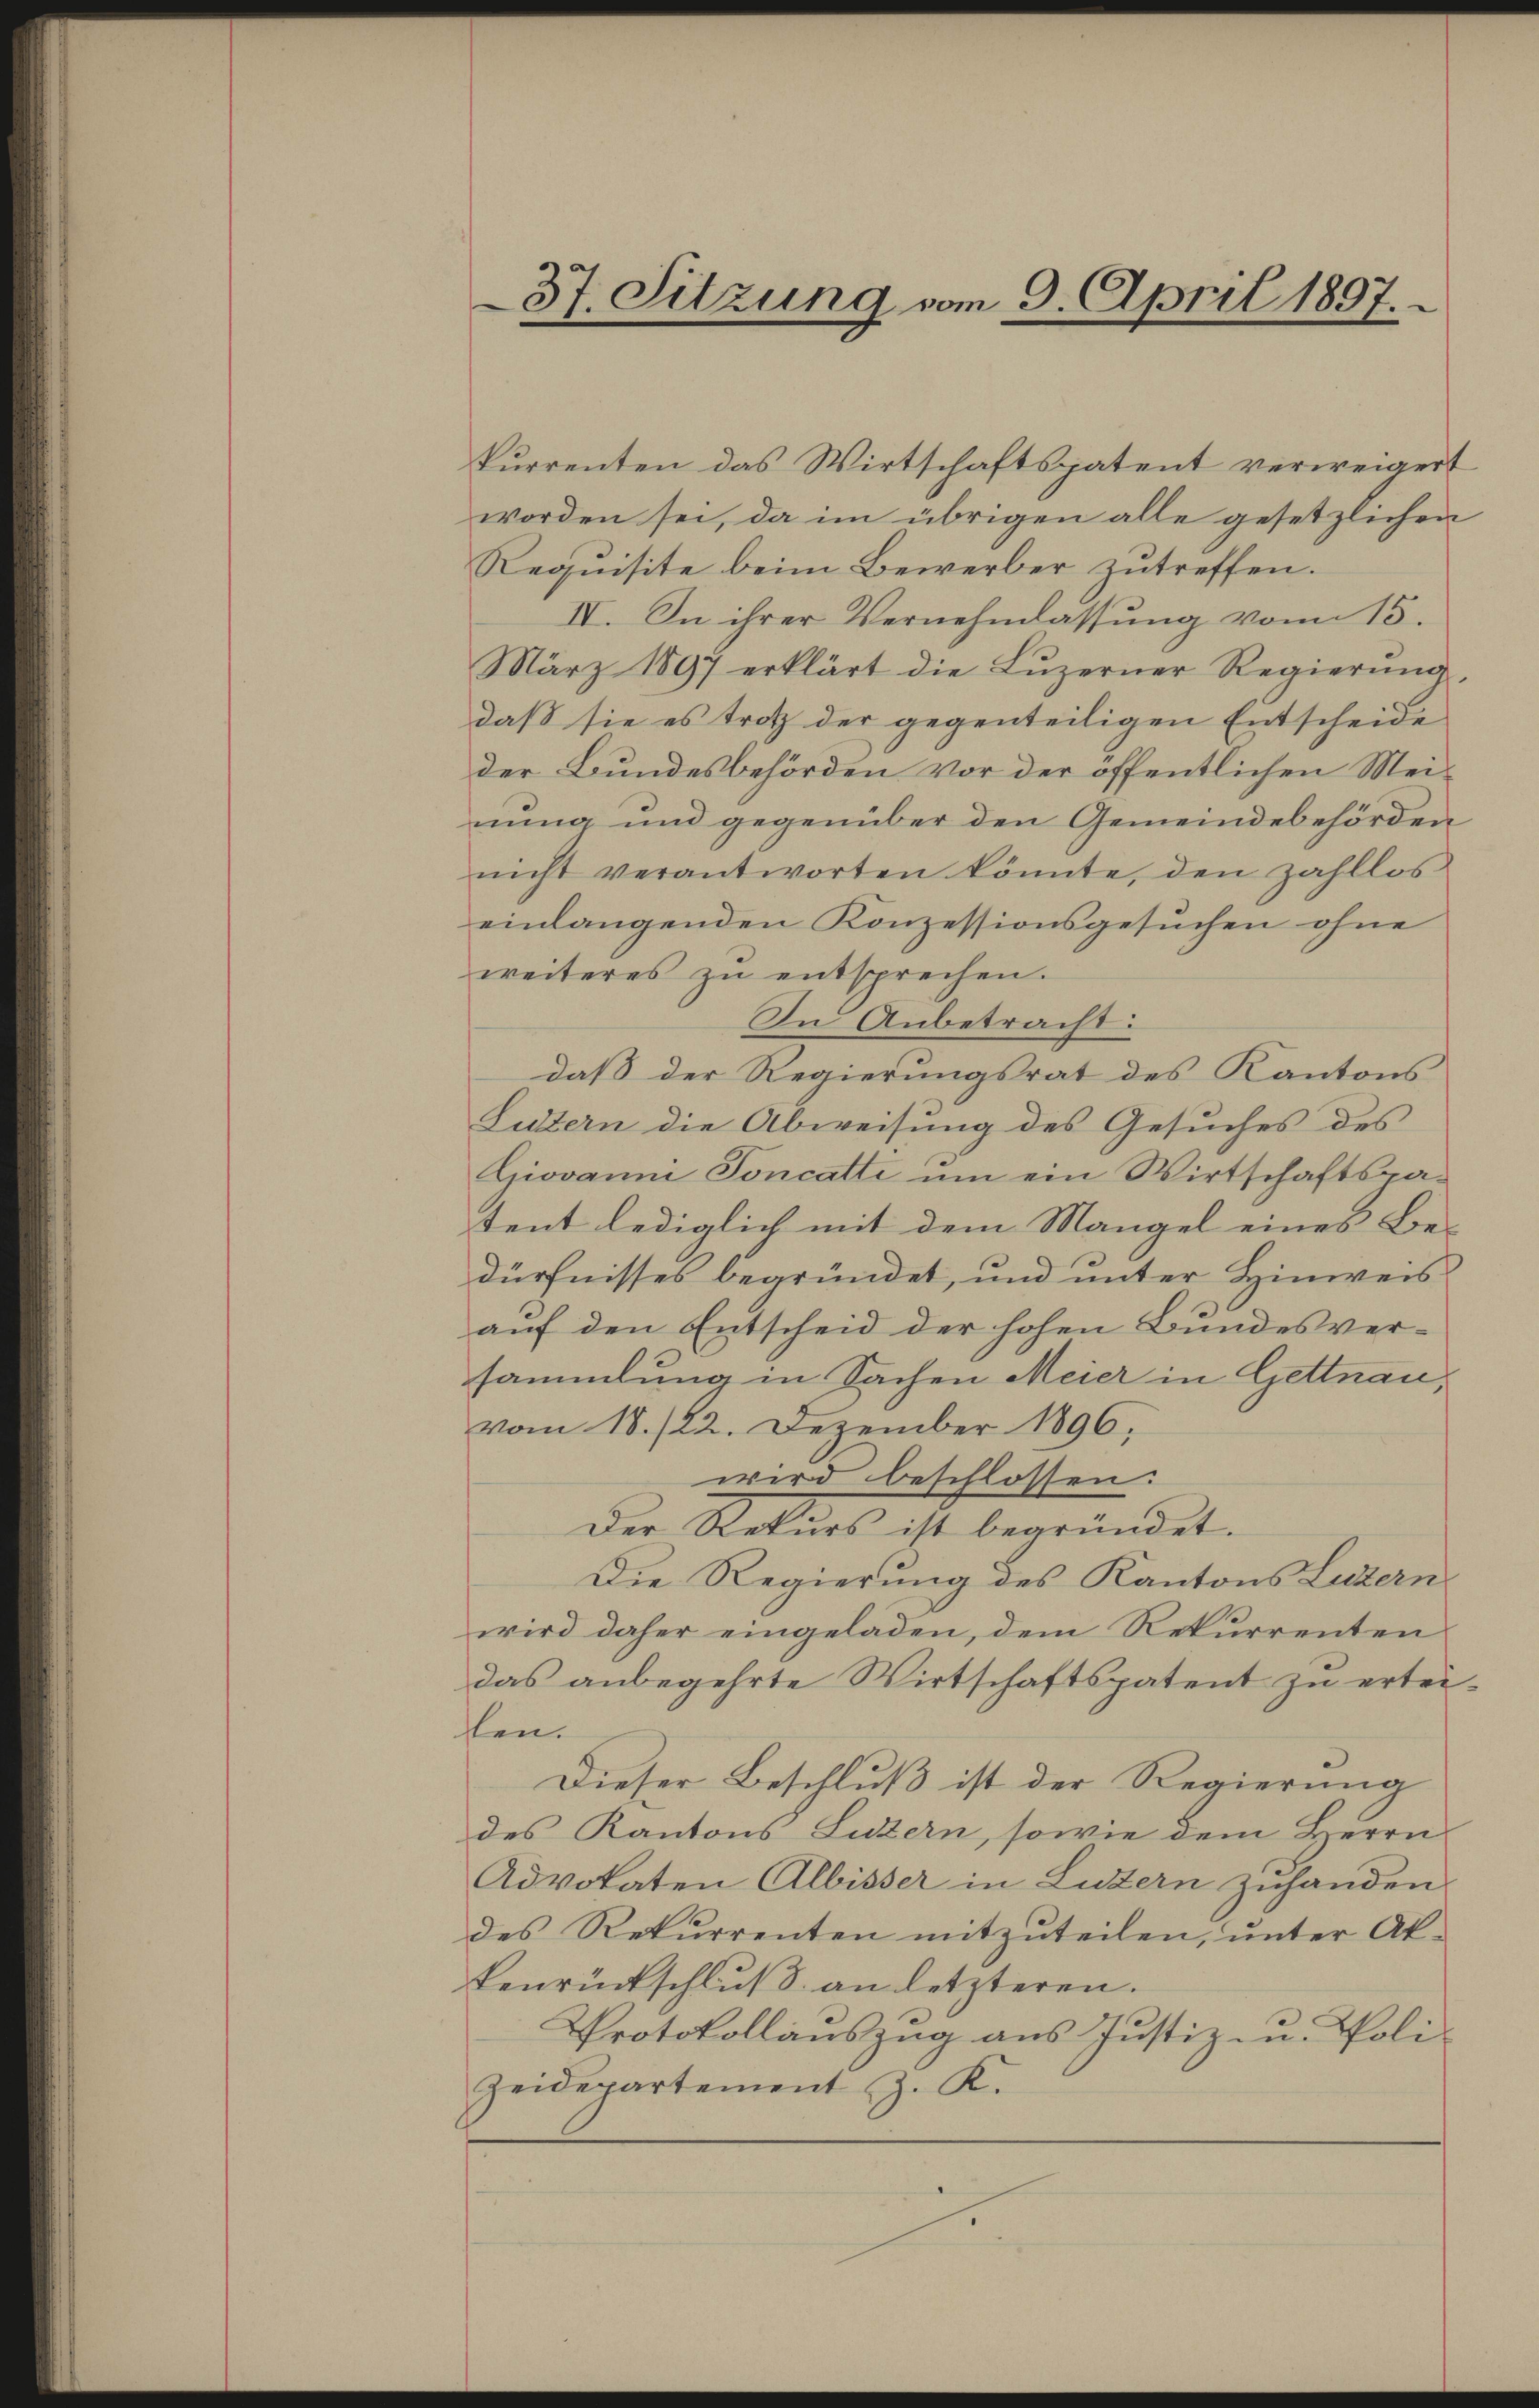
f

37. Sitzung vom 9. April 1897.

kurrenten das Wirtschaftspatent verweigert
worden sei, da im übrigen alle gesetzlichen
Requisite beim Bewerber zutreffen.
IV. In ihrer Vernehmlassung vom 15.
März 1897 erklärt die Lŭzerner Regierŭng,
daß sie es trotz der gegenteiligen Entscheide
der Bundesbehörden vor der öffentlichen Meinung und gegenüber den Gemeindebehörden
nicht verantworten könnte, den zahllos
einlangenden Konzessionsgesuchen ohne
weiteres zŭ entsprechen.
In Anbetracht:
daß der Regierungsrat des Kantons
Lutern die Abweisung des Gesuches des
Giovanni Toncatti um ein Wirtschaftspatent lediglich mit dem Mangel eines Be-
dürfnisses begründet, und unter Hinweis
auf den Entscheid der hohen Bundesversammlung in Sachen Meier in Gettnau,
vom 18. /22. Dezember 1896,
wird beschlossen.
Der Rekurs ist begründet.
Die Regierung des Kantons Luzern
wird daher eingeladen, dem Rekurrenten
das anbegehrte Wirtschaftspatent zu erteilen.
Dieser Beschluß ist der Regierung
des Kantons Luzern, sowie dem Herrn
Advokaten Albisser in Luzern zuhanden
des Rekurrenten mitzuteilen, unter Ak-
Benrückschluß an letzteren.
Protokollauszug aus Justiz- u. Poli-
Zeidepartement J. K.